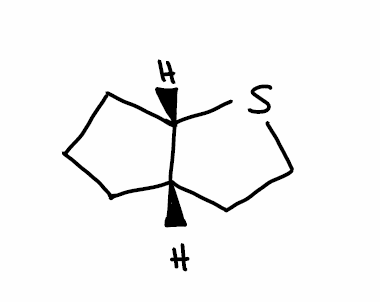
Simplified molecular-input line-entry system (SMILES) notation of the given molecule:
C1C[C@H]2CCS[C@H]2C1